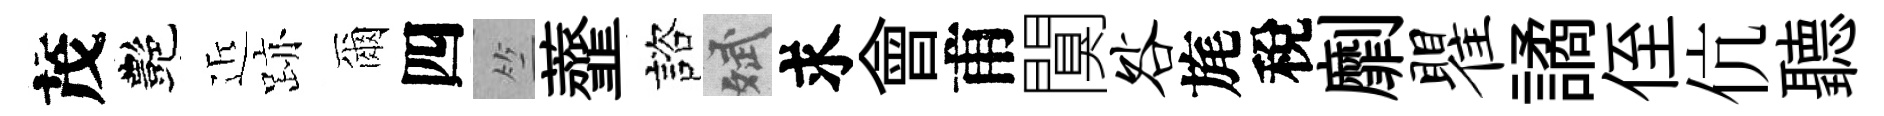
茂艷近跡爾四竺虀諮斌求會甫闃咎旄稅劘瞿譎侄伉聽